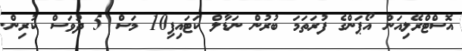
އޮސްޓްރޭލިއަން އޯޕަންގެ ފުރަތަމަ ބުރުން ނަޑާލް ކަޓައިފި10 މަސް 5 ދުވަސް ކުރިން.